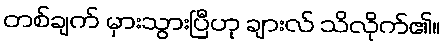
တစ်ချက် မှားသွားပြီဟု ချားလ် သိလိုက်၏။